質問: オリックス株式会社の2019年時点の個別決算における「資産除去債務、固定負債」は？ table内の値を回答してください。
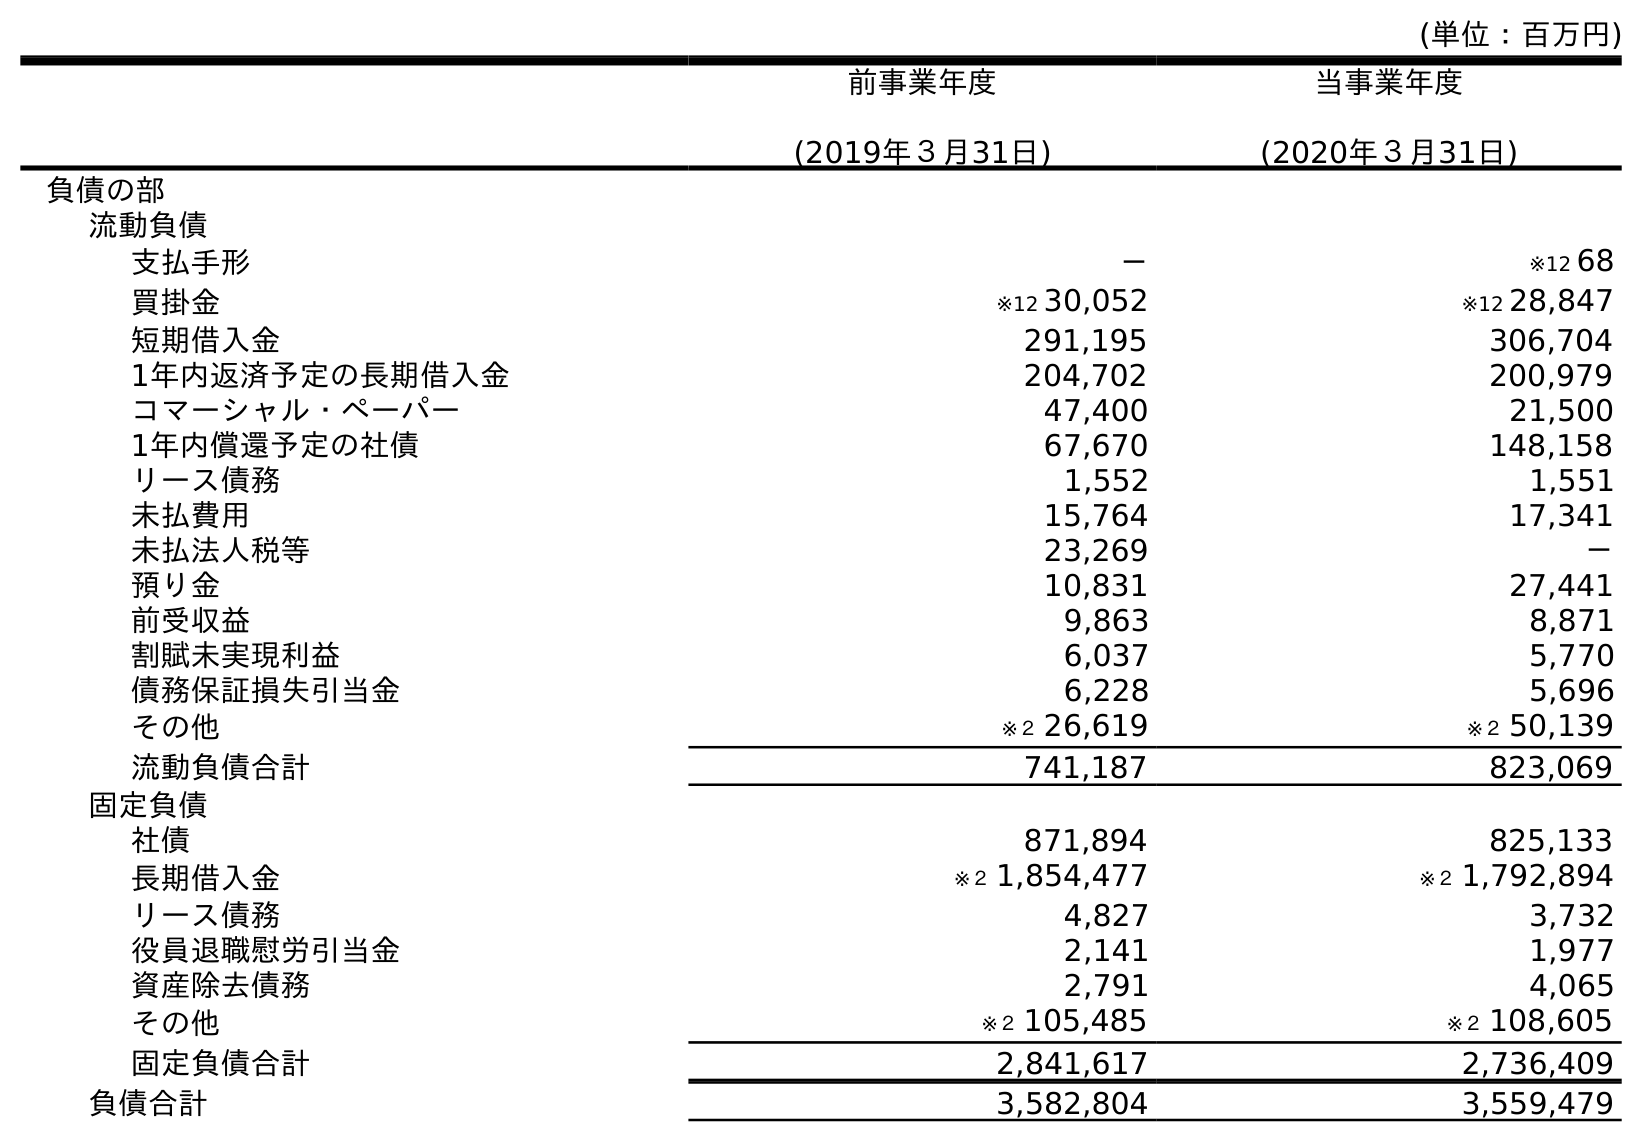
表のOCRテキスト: (単位：百万円) 前事業年度 (2019年３月31日) 当事業年度 (2020年３月31日) 負債の部 流動負債 支払手形 － ※12 68 買掛金 ※12 30,052 ※12 28,847 短期借入金 291,195 306,704 1年内返済予定の長期借入金 204,702 200,979 コマーシャル・ペーパー 47,400 21,500 1年内償還予定の社債 67,670 148,158 リース債務 1,552 1,551 未払費用 15,764 17,341 未払法人税等 23,269 － 預り金 10,831 27,441 前受収益 9,863 8,871 割賦未実現利益 6,037 5,770 債務保証損失引当金 6,228 5,696 その他 ※２ 26,619 ※２ 50,139 流動負債合計 741,187 823,069 固定負債 社債 871,894 825,133 長期借入金 ※２ 1,854,477 ※２ 1,792,894 リース債務 4,827 3,732 役員退職慰労引当金 2,141 1,977 資産除去債務 2,791 4,065 その他 ※２ 105,485 ※２ 108,605 固定負債合計 2,841,617 2,736,409 負債合計 3,582,804 3,559,479
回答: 2,791